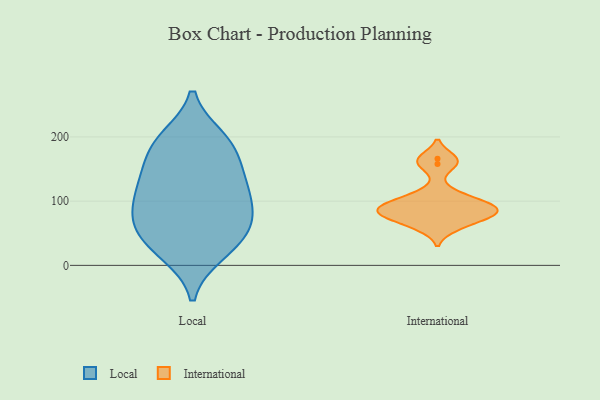
{"axis": {"x": "Headcount", "y": "Value"}, "legend": ["International", "Local"], "data": [{"x": "", "y": 58, "type": "Local"}, {"x": "", "y": 198, "type": "Local"}, {"x": "", "y": 44, "type": "Local"}, {"x": "", "y": 87, "type": "Local"}, {"x": "", "y": 19, "type": "Local"}, {"x": "", "y": 122, "type": "Local"}, {"x": "", "y": 170, "type": "Local"}, {"x": "", "y": 50, "type": "Local"}, {"x": "", "y": 68, "type": "Local"}, {"x": "", "y": 193, "type": "Local"}, {"x": "", "y": 103, "type": "Local"}, {"x": "", "y": 133, "type": "Local"}, {"x": "", "y": 83, "type": "Local"}, {"x": "", "y": 18, "type": "Local"}, {"x": "", "y": 194, "type": "Local"}, {"x": "", "y": 123, "type": "Local"}, {"x": "", "y": 153, "type": "Local"}, {"x": "", "y": 82, "type": "International"}, {"x": "", "y": 60, "type": "International"}, {"x": "", "y": 166, "type": "International"}, {"x": "", "y": 88, "type": "International"}, {"x": "", "y": 96, "type": "International"}, {"x": "", "y": 111, "type": "International"}, {"x": "", "y": 158, "type": "International"}, {"x": "", "y": 92, "type": "International"}, {"x": "", "y": 72, "type": "International"}, {"x": "", "y": 81, "type": "International"}]}